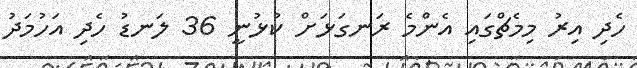
ހެދި އިރު މިމެޗްގައި އެންމެ ރަނގަޅަށް ކުޅުނީ 36 ލަނޑު ހެދި އަހުމަދު